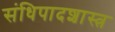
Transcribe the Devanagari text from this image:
संधिपादशास्त्र